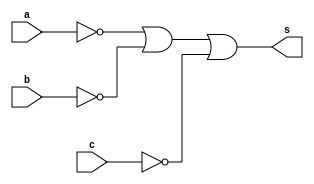
// ------------------------- 
// Ex05  - OR 
// Nome: Igor 

// ------------------------- 
// ------------------------- 
// -- or gate 
// ------------------------- 

	module orgate ( output s,input a,input b,input c ); 
	assign s = ~a | ~b | ~c; 
	endmodule // orgate 

// --------------------- 
// -- test or gate 
// --------------------- 
	
	module testorgate; 

// ------------------------- dados locais 
	
	reg a, b, c; // definir registradores 
	wire s; // definir conexao (fio) 

// ------------------------- instancia 

	orgate OR1 (s, a, b, c); 

// ------------------------- preparacao 
	
	initial begin:start 
	a=0; b=0; c=0;
	end 

// ------------------------- parte principal 

	initial begin 
	$display("Ex05 - Igor Thadeu - 396704"); 
	$display("Test OR gate"); 
	$display("\na & b & c = s\n"); 
	a=0; b=0; c=0;
	#1 $display("%b & %b & %b = %b", a, b, c, s); 
	a=0; b=0; c=1; 
	#1 $display("%b & %b & %b = %b", a, b, c, s); 
	a=0; b=1; c=0; 
	#1 $display("%b & %b & %b = %b", a, b, c, s); 
	a=1; b=0; c=0; 
	#1 $display("%b & %b & %b = %b", a, b, c, s);
	a=1; b=1; c=0;
	#1 $display("%b & %b & %b = %b", a, b, c, s);
	a=1; b=0; c=1;
	#1 $display("%b & %b & %b = %b", a, b, c, s);
	a=0; b=1; c=1;
	#1 $display("%b & %b & %b = %b", a, b, c, s);
	a=1; b=1; c=1; 
	end 
	endmodule // testorgate